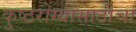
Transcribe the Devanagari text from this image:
कुष्ठरोग्यांसाठीचा